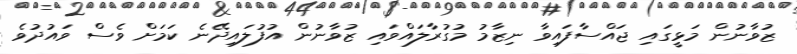
ޒުވާނުން މަޅީގައި ޖައްސާފައިވާ ނިޒާމު މުގުރާލައްވައި ޒުވާނުން އުފުލައިދޭނެ ކަމަށް ވެސް ވައުދުވެ